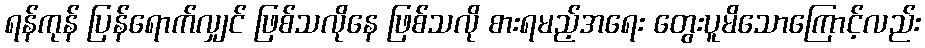
ရန်ကုန် ပြန်ရောက်လျှင် ဖြစ်သလိုနေ ဖြစ်သလို စားရမည့်အရေး တွေးပူမိသောကြောင့်လည်း